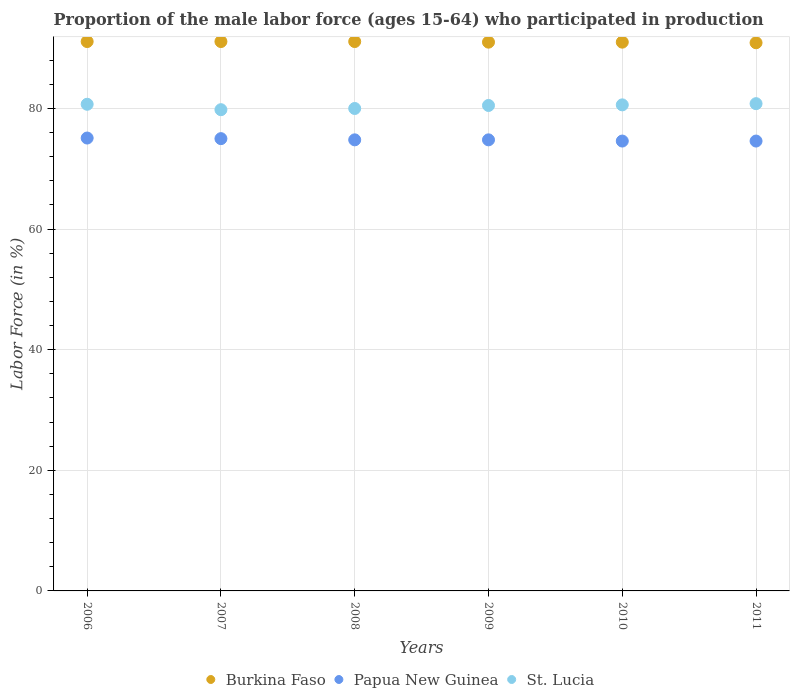
| Years | Burkina Faso | Papua New Guinea | St. Lucia |
 | --- | --- | --- | --- |
 | 2006 | 91.1 | 75.1 | 80.7 |
 | 2007 | 91.1 | 75 | 79.8 |
 | 2008 | 91.1 | 74.8 | 80 |
 | 2009 | 91 | 74.8 | 80.5 |
 | 2010 | 91 | 74.6 | 80.6 |
 | 2011 | 90.9 | 74.6 | 80.8 |